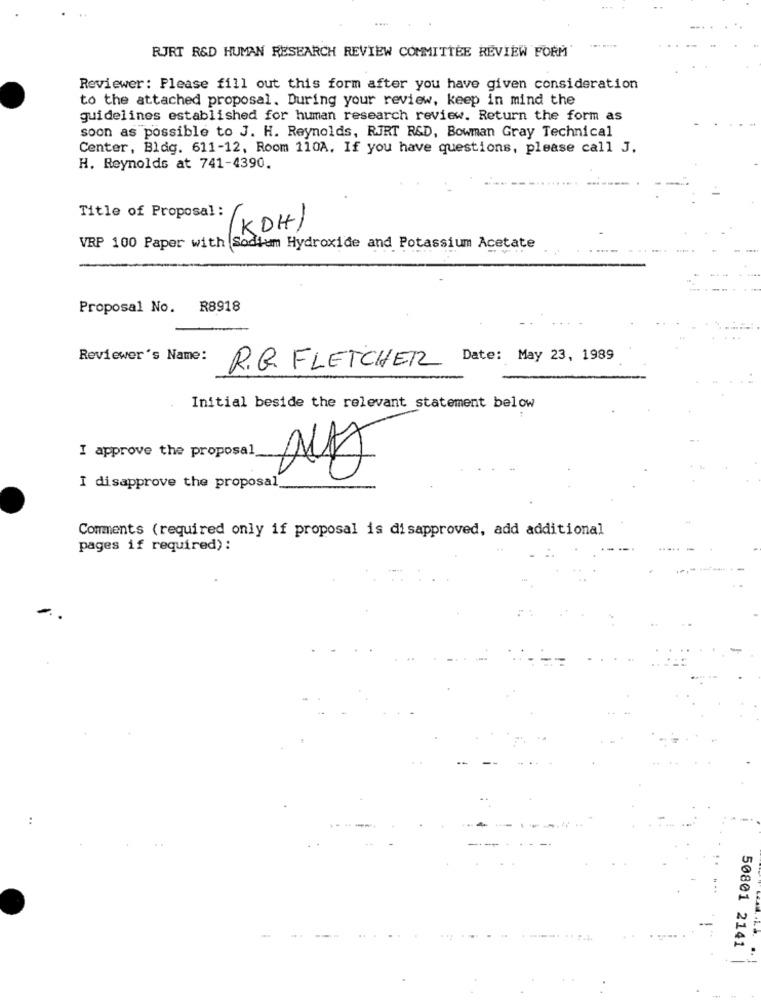
RJRT R&D HUMAN RESEARCH REVIEW COMMITTEE REVIEW FORM
Reviewer: Please fill out this form after you have given consideration
to the attached proposal. During your review, keep in mind the
guidelines established for human research review. Return the form as
soon as possible to J. H. Reynolds, RJRT R&D, Bowman Gray Technical
Center, Bldg. 611-12, Room 110A. If you have questions, please call J.
H. Reynolds at 741-4390.
Title of Proposal :
(KDH)
VRP 100 Paper with Sodium Hydroxide and Potassium Acetate
Proposal No. R8918
Reviewer's Name:
R.G. FLETCHER
Initial beside the relevant statement below
I approve the proposal
I disapprove the proposal_
Comments (required only if proposal is disapproved, add additional
pages if required):
..
50801 2141